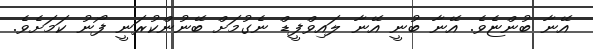
އޭނާ ބުންޏެވެ. އޭނާ ބުނީ އޭނާ ލައިވްފީޑް ނެގުމަށް ބޭނުންކުރަނީ ފޯނު ކަމަށެވެ.